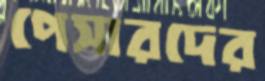
পেসারদের